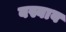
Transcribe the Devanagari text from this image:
बस्बाब